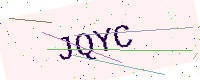
Text: JQYC